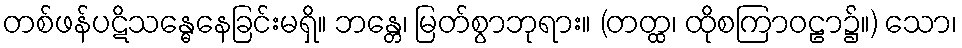
တစ်ဖန်ပဋိသန္ဓေနေခြင်းမရှိ။ ဘန္တေ၊ မြတ်စွာဘုရား။ (တတ္ထ၊ ထိုစကြာဝဠာ၌။) သော၊